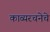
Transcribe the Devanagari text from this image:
काव्यरचनेचे